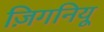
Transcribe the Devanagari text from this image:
ज़िगनियू